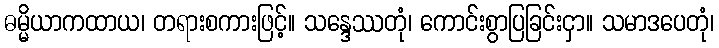
ဓမ္မိယာကထာယ၊ တရားစကားဖြင့်။ သန္ဒေဿတုံ၊ ကောင်းစွာပြခြင်းငှာ။ သမာဒပေတုံ၊